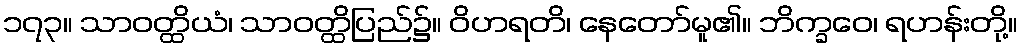
၁၇၃။ သာဝတ္ထိယံ၊ သာဝတ္ထိပြည်၌။ ဝိဟရတိ၊ နေတော်မူ၏။ ဘိက္ခဝေ၊ ရဟန်းတို့။